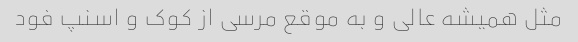
مثل همیشه عالی و به موقع مرسی از کوک و اسنپ فود